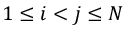
1 \leq i < j \leq N